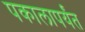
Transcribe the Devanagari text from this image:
पकालापर्यंत